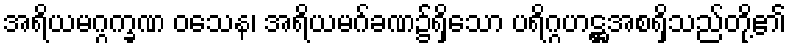
အရိယမဂ္ဂက္ခဏ ဝသေန၊ အရိယမဂ်ခဏ၌ရှိသော ပရိဂ္ဂဟဋ္ဌအစရှိသည်တို့၏